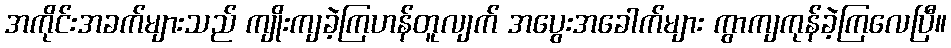
အကိုင်းအခက်များသည် ကျိုးကျခဲ့ကြဟန်တူလျက် အပွေးအခေါက်များ ကွာကျကုန်ခဲ့ကြလေပြီ။